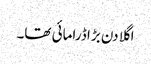
اگلا دن بڑا ڈرامائی تھا۔